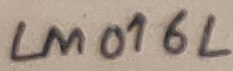
Text: LM016L